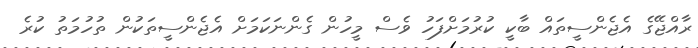
ރާއްޖޭގެ އެޖެންސީތައް ބާކީ ކުރުމަށްފަހު ވެސް މީހުން ގެންނަކަމަށް އެޖެންސީތަކުން ތުހުމަތު ކުރެ